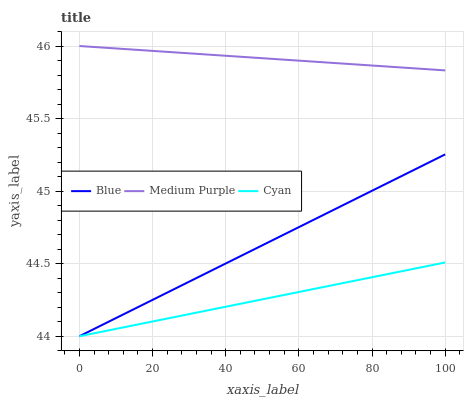
| xaxis_label | Blue | Medium Purple | Cyan |
 | --- | --- | --- | --- |
 | 0 | 44 | 46 | 44 |
 | 5.88 | 44.1 | 46 | 44 |
 | 11.8 | 44.1 | 46 | 44.1 |
 | 17.6 | 44.2 | 46 | 44.1 |
 | 23.5 | 44.3 | 46 | 44.1 |
 | 29.4 | 44.4 | 46 | 44.1 |
 | 35.3 | 44.4 | 45.9 | 44.2 |
 | 41.2 | 44.5 | 45.9 | 44.2 |
 | 47.1 | 44.6 | 45.9 | 44.2 |
 | 52.9 | 44.7 | 45.9 | 44.3 |
 | 58.8 | 44.7 | 45.9 | 44.3 |
 | 64.7 | 44.8 | 45.9 | 44.3 |
 | 70.6 | 44.9 | 45.9 | 44.4 |
 | 76.5 | 45 | 45.9 | 44.4 |
 | 82.4 | 45 | 45.9 | 44.4 |
 | 88.2 | 45.1 | 45.9 | 44.4 |
 | 94.1 | 45.2 | 45.8 | 44.5 |
 | 100 | 45.3 | 45.8 | 44.5 |